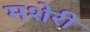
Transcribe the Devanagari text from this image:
मशेरी